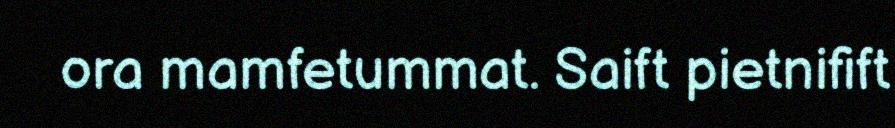
ora mamfetummat. Saift pietnifift